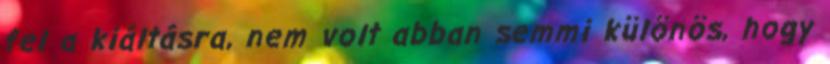
fel a kiáltásra, nem volt abban semmi különös, hogy